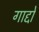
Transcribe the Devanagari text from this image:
गाद्दो